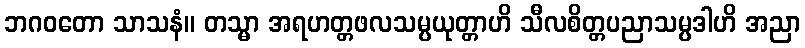
ဘဂဝတော သာသနံ။ တသ္မာ အရဟတ္တဖလသမ္ပယုတ္တာဟိ သီလစိတ္တပညာသမ္ပဒါဟိ အညာ